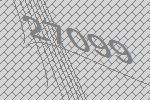
27099